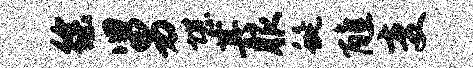
徐舅堪其服蜒醮变